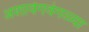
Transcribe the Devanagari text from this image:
अशावेगवेगळ्या